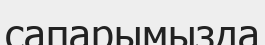
сапарымызда